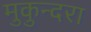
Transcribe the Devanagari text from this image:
मुकुन्दरा